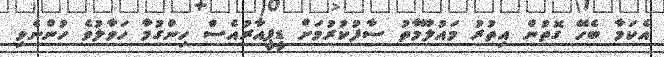
އެކަމާ ބެހޭ ގޮތުން އިތުރު މައުލޫމާތު ސާފުކުރުމަށް ޑީޕީއާރުއެސް ހިންގުމާ ހަވާލުވެ ހުންނެވި